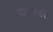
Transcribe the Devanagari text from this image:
व्यञ्जकों